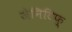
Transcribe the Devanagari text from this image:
जेनिटिफ़्